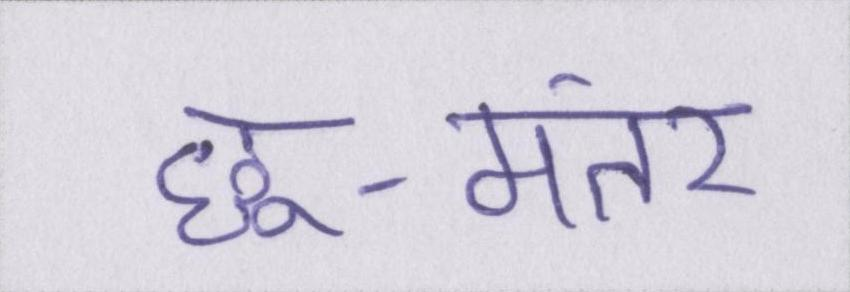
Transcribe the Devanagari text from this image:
छू-मंतर